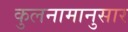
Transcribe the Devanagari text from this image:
कुलनामानुसार